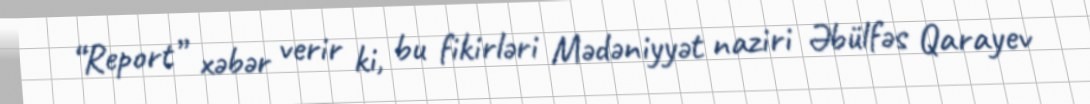
“Report” xəbər verir ki, bu fikirləri Mədəniyyət naziri Əbülfəs Qarayev